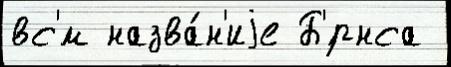
вс'́м назва́н'иjе Б'́рнса